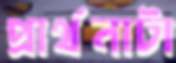
প্রার্থনাটা